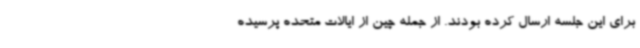
برای این جلسه ارسال کرده بودند. از جمله چین از ایالات متحده پرسیده